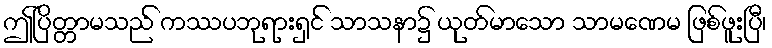
ဤပြိတ္တာမသည် ကဿပဘုရားရှင် သာသနာ၌ ယုတ်မာသော သာမဏေမ ဖြစ်ဖူးပြီ၊